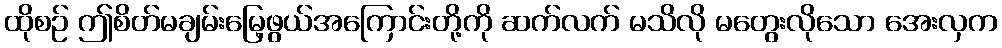
ထိုစဉ် ဤစိတ်မချမ်းမြေ့ဖွယ်အကြောင်းတို့ကို ဆက်လက် မသိလို မတွေးလိုသော အေးလှက